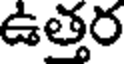
ఉత్తర